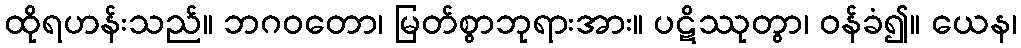
ထိုရဟန်းသည်။ ဘဂဝတော၊ မြတ်စွာဘုရားအား။ ပဋိဿုတွာ၊ ဝန်ခံ၍။ ယေန၊